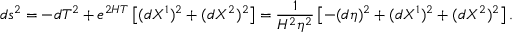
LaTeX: d s ^ { 2 } = - d T ^ { 2 } + e ^ { 2 H T } \left[ ( d X ^ { 1 } ) ^ { 2 } + ( d X ^ { 2 } ) ^ { 2 } \right] = \frac { 1 } { H ^ { 2 } \eta ^ { 2 } } \left[ - ( d \eta ) ^ { 2 } + ( d X ^ { 1 } ) ^ { 2 } + ( d X ^ { 2 } ) ^ { 2 } \right] .